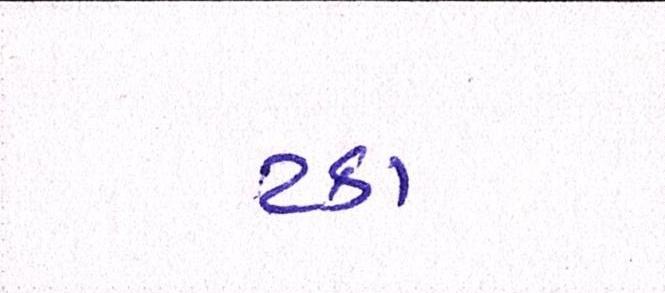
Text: ટકા